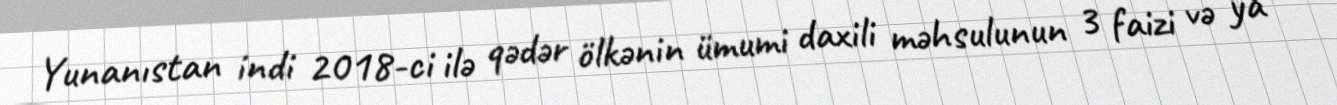
Yunanıstan indi 2018-ci ilə qədər ölkənin ümumi daxili məhsulunun 3 faizi və ya